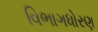
વિભાગધોરણ